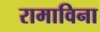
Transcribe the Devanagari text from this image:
रामाविना